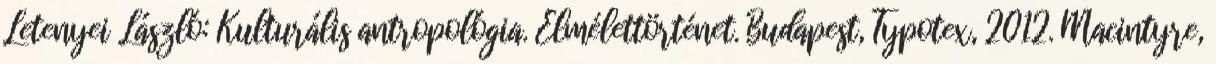
Letenyei László: Kulturális antropológia. Elmélettörténet. Budapest, Typotex, 2012. Macintyre,